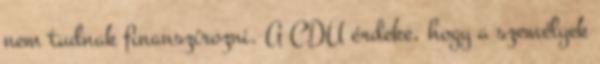
nem tudnak finanszírozni. A CDU érdeke, hogy a személyek